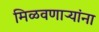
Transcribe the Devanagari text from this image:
मिळवणाऱ्यांना